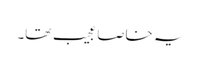
یہ خاصا عجیب تھا۔